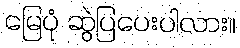
မြေပုံ ဆွဲပြပေးပါလား။